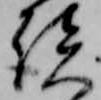
談